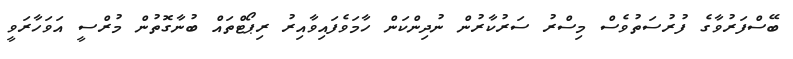
ބޭސްފަރުވާގެ ފުރުސަތުވެސް މިސްރު ސަރުކާރުން ނުދިންކަން ހާމަވެފައިވާއިރު ރިޕޯޓްތައް ބުނާގޮތުން މުރްސީ އަވަހާރަވީ